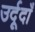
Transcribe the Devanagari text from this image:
उर्दूदाँ